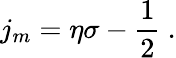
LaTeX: j_{m}=\eta\sigma-\frac{1}{2}\ .